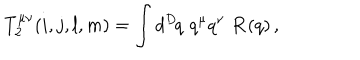
LaTeX: T _ { 2 } ^ { \mu \nu } ( i , j , l , m ) = \int d ^ { D } \! q \, \, q ^ { \mu } q ^ { \nu } \, \, { \bf R } ( q ) \, ,